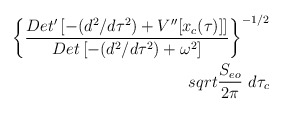
\begin{align*}\left\{{{Det^{\prime} \left[- (d^2/d\tau^2) + V^{\prime \prime}[x_c(\tau)] \right]} \over{Det \left[- (d^2/d\tau^2) + \omega^2 \right]}}\right\}^{- 1/2} \\sqrt{{{S_{eo}} \over {2 \pi}}} \ d\tau_{c}\end{align*}